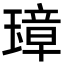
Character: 𤨼